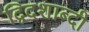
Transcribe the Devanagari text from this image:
द्विदशाब्दी